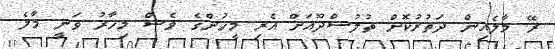
ރޭ މާލެއިން ދަތުރުކޮށް ތުލުސްދޫއަށް އެރި މީހުންގެ ވެސް މިހާރު ވަނީ މާލެ